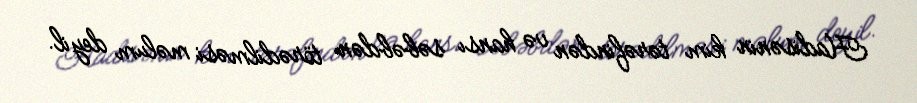
Hadisənin kim tərəfindən və hansı səbəbdən törədilməsi məlum deyil.